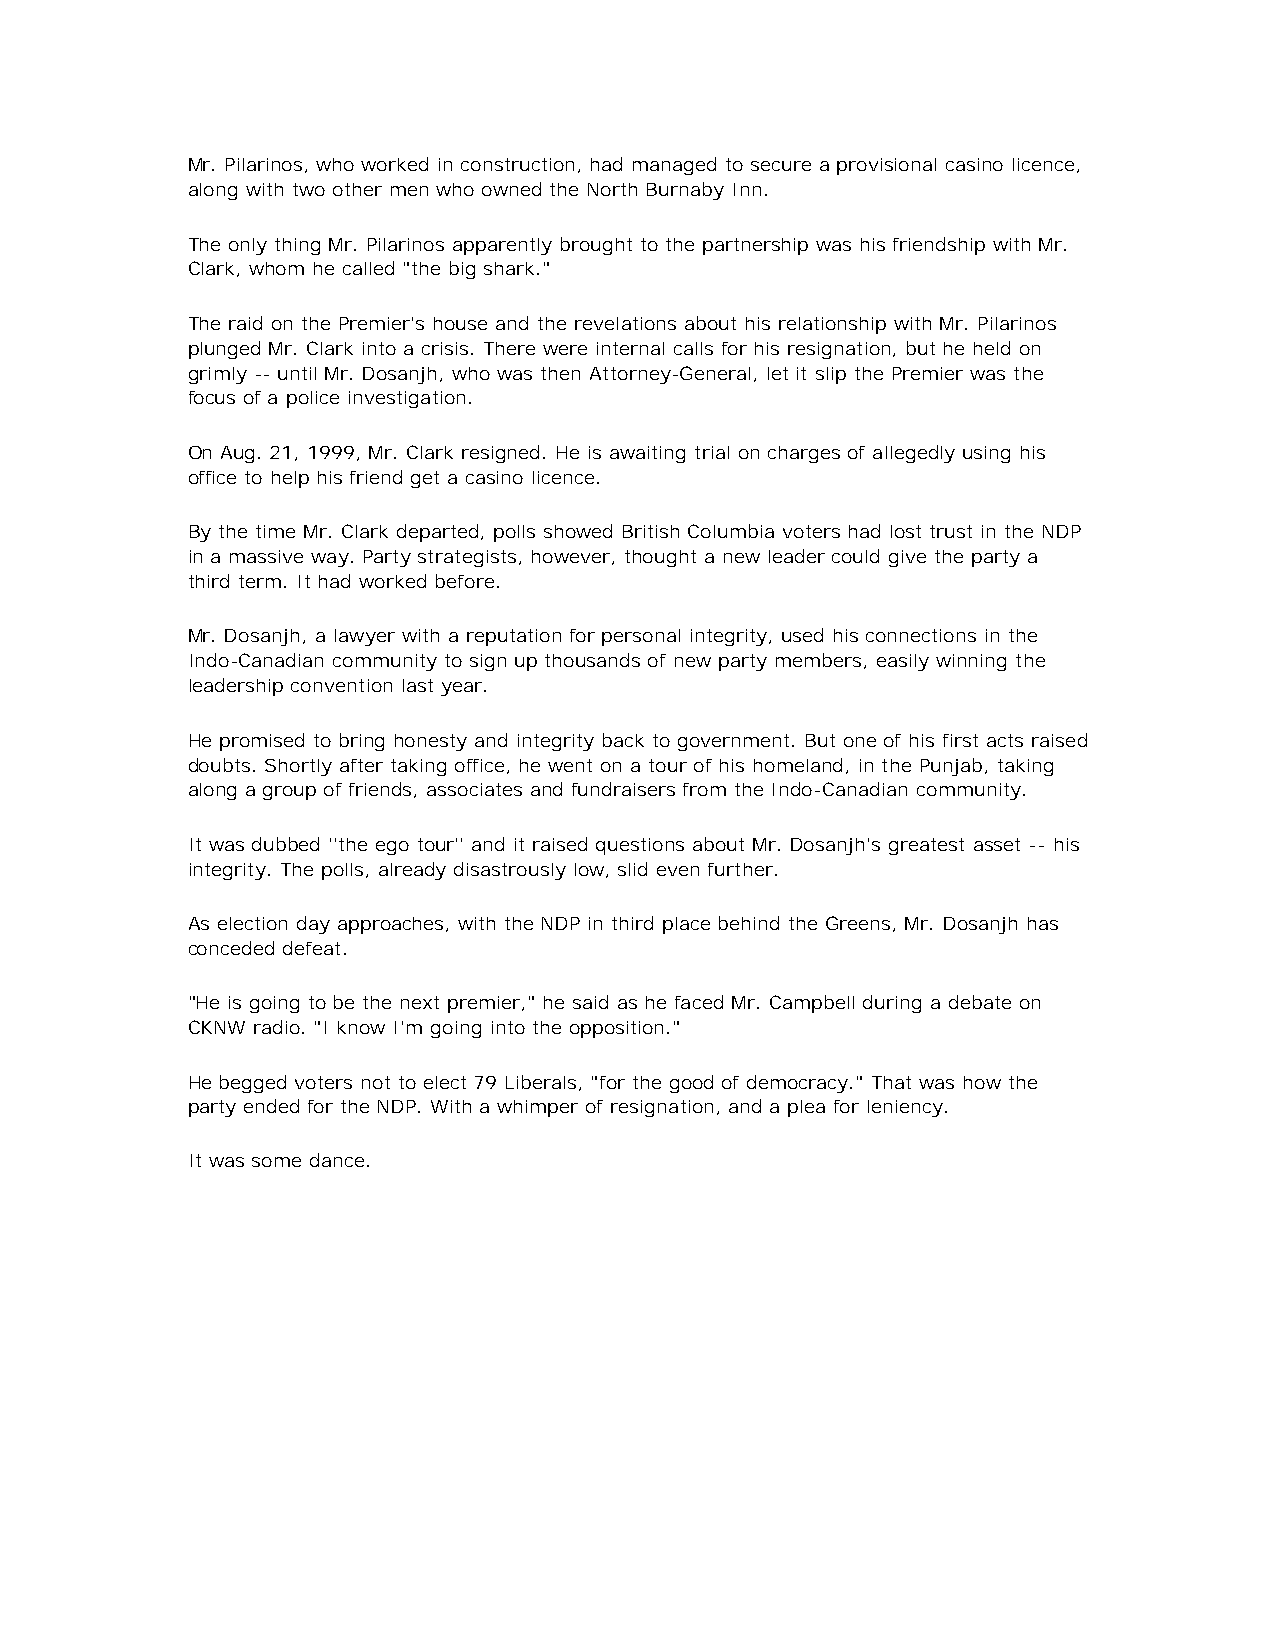
Mr. Pilarinos, who worked in construction, had managed to secure a provisional casino licence,
 along with two other men who owned the North Burnaby Inn.
 The only thing Mr. Pilarinos apparently brought to the partnership was his friendship with Mr.
 Clark, whom he called "the big shark."
 The raid on the Premier's house and the revelations about his relationship with Mr. Pilarinos
 plunged Mr. Clark into a crisis. There were internal calls for his resignation, but he held on
 grimly -- until Mr. Dosanjh, who was then Attorney-General, let it slip the Premier was the
 focus of a police investigation.
 On Aug. 21, 1999, Mr. Clark resigned. He is awaiting trial on charges of allegedly using his
 office to help his friend get a casino licence.
 By the time Mr. Clark departed, polls showed British Columbia voters had lost trust in the NDP
 in a massive way. Party strategists, however, thought a new leader could give the party a
 third term. It had worked before.
 Mr. Dosanjh, a lawyer with a reputation for personal integrity, used his connections in the
 Indo-Canadian community to sign up thousands of new party members, easily winning the
 leadership convention last year.
 He promised to bring honesty and integrity back to government. But one of his first acts raised
 doubts. Shortly after taking office, he went on a tour of his homeland, in the Punjab, taking
 along a group of friends, associates and fundraisers from the Indo-Canadian community.
 It was dubbed ''the ego tour'' and it raised questions about Mr. Dosanjh's greatest asset -- his
 integrity. The polls, already disastrously low, slid even further.
 As election day approaches, with the NDP in third place behind the Greens, Mr. Dosanjh has
 conceded defeat.
 "He is going to be the next premier," he said as he faced Mr. Campbell during a debate on
 CKNW radio. "I know I'm going into the opposition."
 He begged voters not to elect 79 Liberals, "for the good of democracy." That was how the
 party ended for the NDP. With a whimper of resignation, and a plea for leniency.
 It was some dance.